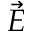
\vec { E }